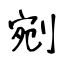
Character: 剜